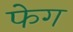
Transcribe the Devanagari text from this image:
फेग